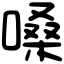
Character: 嗓